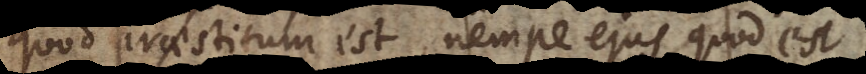
quod praestitum est, nempe ejus quod est